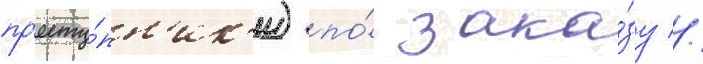
пр'есту́пн'ик'и) по́ зака́зу //